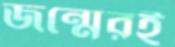
জন্মেরই